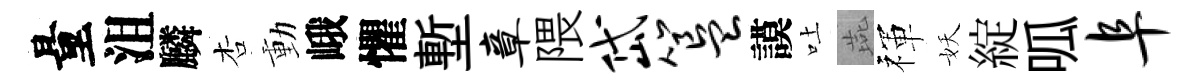
量沮麟杏動峨懼塹章隈岱簋謨吐燕禈妖綻呱阜